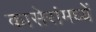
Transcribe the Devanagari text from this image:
कासेरांमध्यें